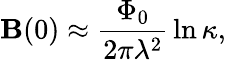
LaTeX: \mathbf{B}(0)\approx{\frac{{\Phi_{0}}}{{2\pi\lambda^{2}}}}\ln\kappa,